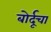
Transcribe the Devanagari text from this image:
बोर्दूचा